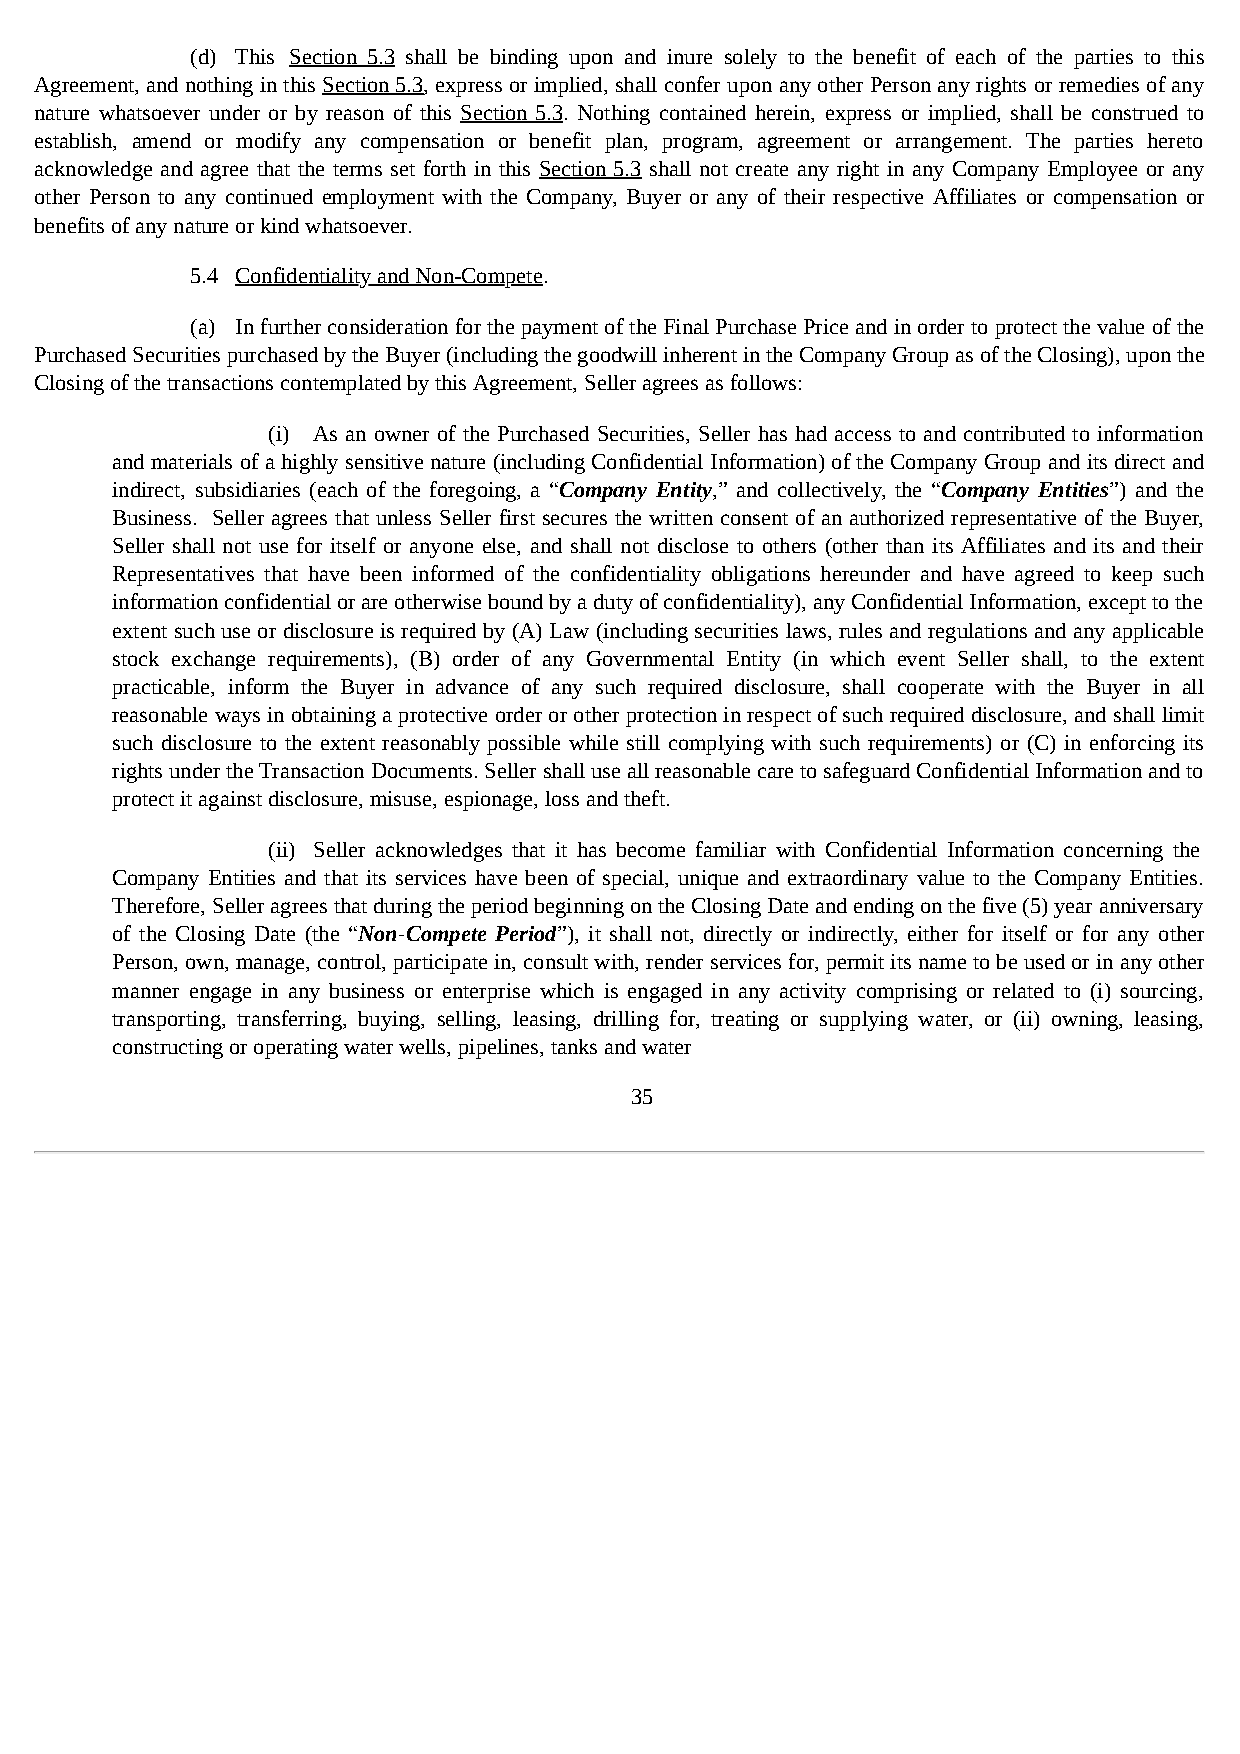
(d) This Section 5.3 shall be binding upon and inure solely to the benefit of each of the parties to this
 Agreement, and nothing in this Section 5.3, express or implied, shall confer upon any other Person any rights or remedies of any
 nature whatsoever under or by reason of this Section 5.3. Nothing contained herein, express or implied, shall be construed to
 establish, amend or modify any compensation or benefit plan, program, agreement or arrangement. The parties hereto
 acknowledge and agree that the terms set forth in this Section 5.3 shall not create any right in any Company Employee or any
 other Person to any continued employment with the Company, Buyer or any of their respective Affiliates or compensation or
 benefits of any nature or kind whatsoever.
 5.4 Confidentiality and Non-Compete.
 (a) In further consideration for the payment of the Final Purchase Price and in order to protect the value of the
 Purchased Securities purchased by the Buyer (including the goodwill inherent in the Company Group as of the Closing), upon the
 Closing of the transactions contemplated by this Agreement, Seller agrees as follows:
 (i) As an owner of the Purchased Securities, Seller has had access to and contributed to information
 and materials of a highly sensitive nature (including Confidential Information) of the Company Group and its direct and
 indirect, subsidiaries (each of the foregoing, a “Company Entity,” and collectively, the “Company Entities”) and the
 Business. Seller agrees that unless Seller first secures the written consent of an authorized representative of the Buyer,
 Seller shall not use for itself or anyone else, and shall not disclose to others (other than its Affiliates and its and their
 Representatives that have been informed of the confidentiality obligations hereunder and have agreed to keep such
 information confidential or are otherwise bound by a duty of confidentiality), any Confidential Information, except to the
 extent such use or disclosure is required by (A) Law (including securities laws, rules and regulations and any applicable
 stock exchange requirements), (B) order of any Governmental Entity (in which event Seller shall, to the extent
 practicable, inform the Buyer in advance of any such required disclosure, shall cooperate with the Buyer in all
 reasonable ways in obtaining a protective order or other protection in respect of such required disclosure, and shall limit
 such disclosure to the extent reasonably possible while still complying with such requirements) or (C) in enforcing its
 rights under the Transaction Documents. Seller shall use all reasonable care to safeguard Confidential Information and to
 protect it against disclosure, misuse, espionage, loss and theft.
 (ii) Seller acknowledges that it has become familiar with Confidential Information concerning the
 Company Entities and that its services have been of special, unique and extraordinary value to the Company Entities.
 Therefore, Seller agrees that during the period beginning on the Closing Date and ending on the five (5) year anniversary
 of the Closing Date (the “Non-Compete Period”), it shall not, directly or indirectly, either for itself or for any other
 Person, own, manage, control, participate in, consult with, render services for, permit its name to be used or in any other
 manner engage in any business or enterprise which is engaged in any activity comprising or related to (i) sourcing,
 transporting, transferring, buying, selling, leasing, drilling for, treating or supplying water, or (ii) owning, leasing,
 constructing or operating water wells, pipelines, tanks and water
 35